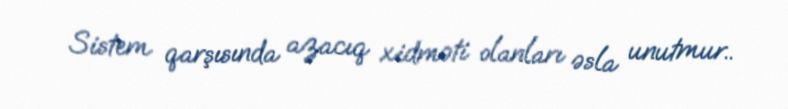
Sistem qarşısında azacıq xidməti olanları əsla unutmur..